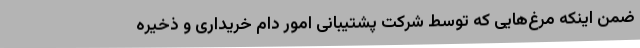
ضمن اینکه مرغ‌هایی که توسط شرکت پشتیبانی امور دام خریداری و ذخیره